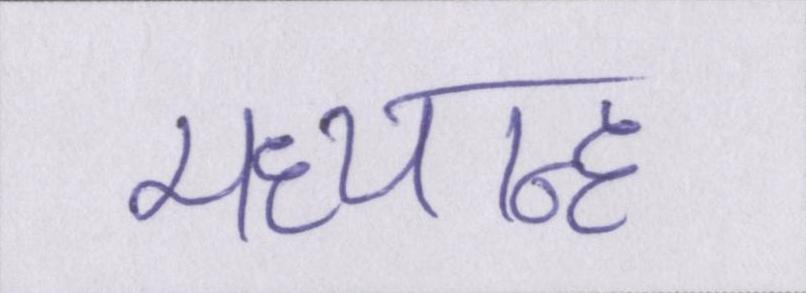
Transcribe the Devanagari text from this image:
मध्यान्ह